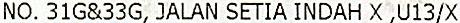
NO. 31G&33G, JALAN SETIA INDAH X ,U13/X